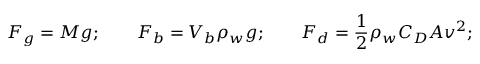
F _ { g } = M g ; \qquad F _ { b } = V _ { b } \rho _ { w } g ; \qquad F _ { d } = \frac { 1 } { 2 } \rho _ { w } C _ { D } A v ^ { 2 } ;